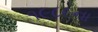
૧૯૮૯ના